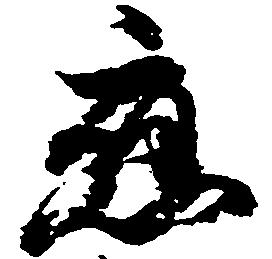
応